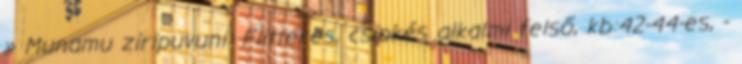
» Munamu ziripuvuni: Flitteres, csipkés alkalmi felső, kb:42-44-es, -